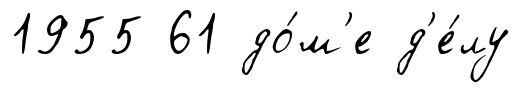
1955 61 до́м'е д'е́лу